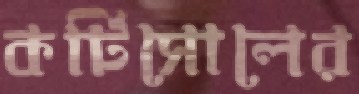
কর্টিসোলের